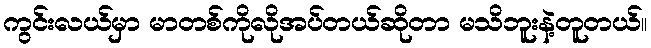
ကွင်းလယ်မှာ မာတစ်ကိုလိုအပ်တယ်ဆိုတာ မသိဘူးနဲ့တူတယ်။